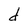
Character: d